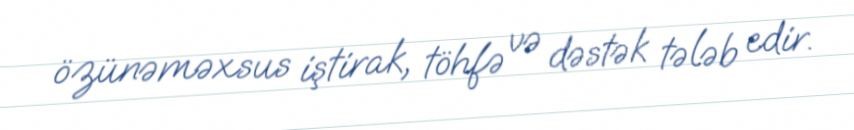
özünəməxsus iştirak, töhfə və dəstək tələb edir.